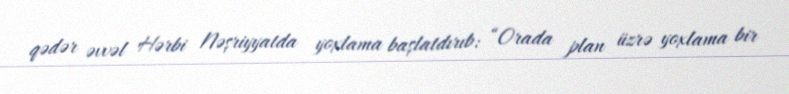
qədər əvvəl Hərbi Nəşriyyatda yoxlama başlatdırıb: “Orada plan üzrə yoxlama bir